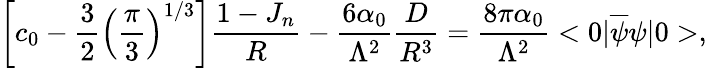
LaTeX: \left[c_{0}-{\frac{3}{2}}\left({\frac{\pi}{3}}\right)^{1/3}\right]{\frac{1-J_{n}}{R}}-{\frac{6\alpha_{0}}{\Lambda^{2}}}{\frac{D}{R^{3}}}={\frac{8\pi\alpha_{0}}{\Lambda^{2}}}<0|\overline{{\psi}}\psi|0>,